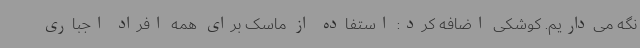
نگه می‌داریم. کوشکی اضافه کرد: استفاده از ماسک برای همه افراد اجباری